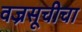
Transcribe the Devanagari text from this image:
वज्रसूचीचा